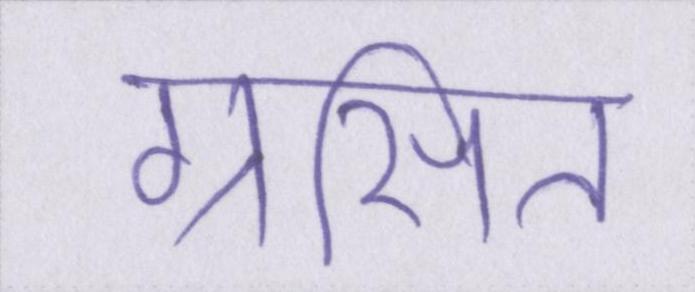
ग्रसित